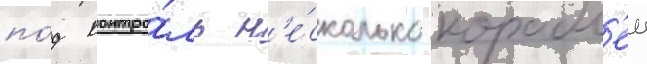
по́д контро́ль н'е́сколько корабл'еи